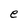
Character: e